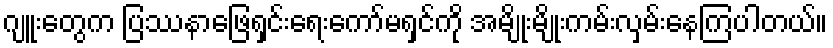
ဂျူးတွေက ပြဿနာဖြေရှင်းရေးကော်မရှင်ကို အမျိုးမျိုးကမ်းလှမ်းနေကြပါတယ်။